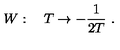
W : \quad T \rightarrow - \frac { 1 } { 2 T } \ .